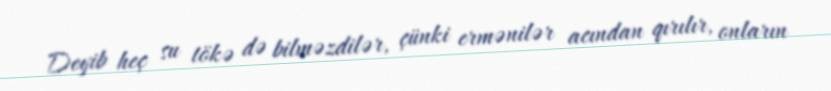
Deyib heç su tökə də bilməzdilər, çünki ermənilər acından qırılır, onların